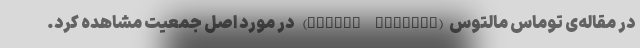
در مقاله‌ی توماس مالتوس(Thomas Malthus) در مورد اصل جمعیت مشاهده کرد.